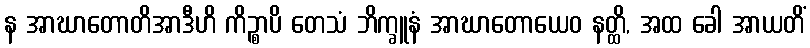
န အာဃာတောတိအာဒီဟိ ကိဉ္စာပိ တေသံ ဘိက္ခူနံ အာဃာတောယေဝ နတ္ထိ, အထ ခေါ အာယတိံ